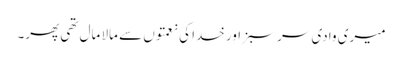
میری وادی سر سبز اور خدا کی نعمتوں سے مالا مال تھی پھر۔